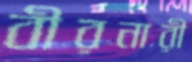
বীরনারী